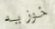
خوزيه